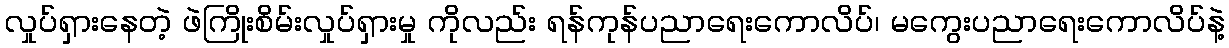
လှုပ်ရှားနေတဲ့ ဖဲကြိုးစိမ်းလှုပ်ရှားမှု ကိုလည်း ရန်ကုန်ပညာရေးကောလိပ်၊ မကွေးပညာရေးကောလိပ်နဲ့